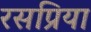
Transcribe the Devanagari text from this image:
रसप्रिया